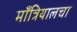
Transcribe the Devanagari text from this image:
माँत्रियालचा